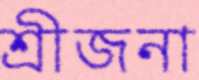
শ্রীজনা